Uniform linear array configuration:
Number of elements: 4
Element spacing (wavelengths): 0.25
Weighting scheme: hamming
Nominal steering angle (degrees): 30
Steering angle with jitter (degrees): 30.043
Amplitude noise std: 0.05
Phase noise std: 0.05

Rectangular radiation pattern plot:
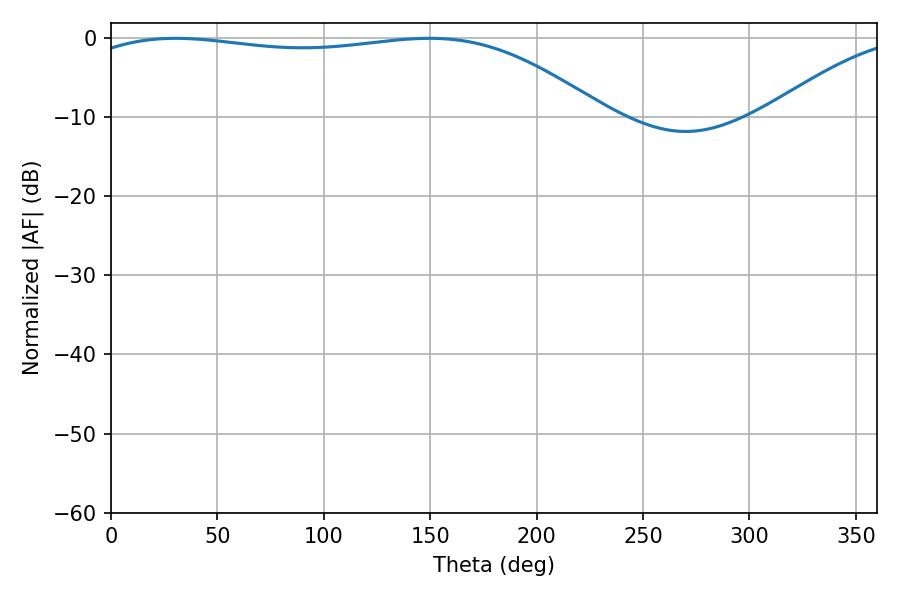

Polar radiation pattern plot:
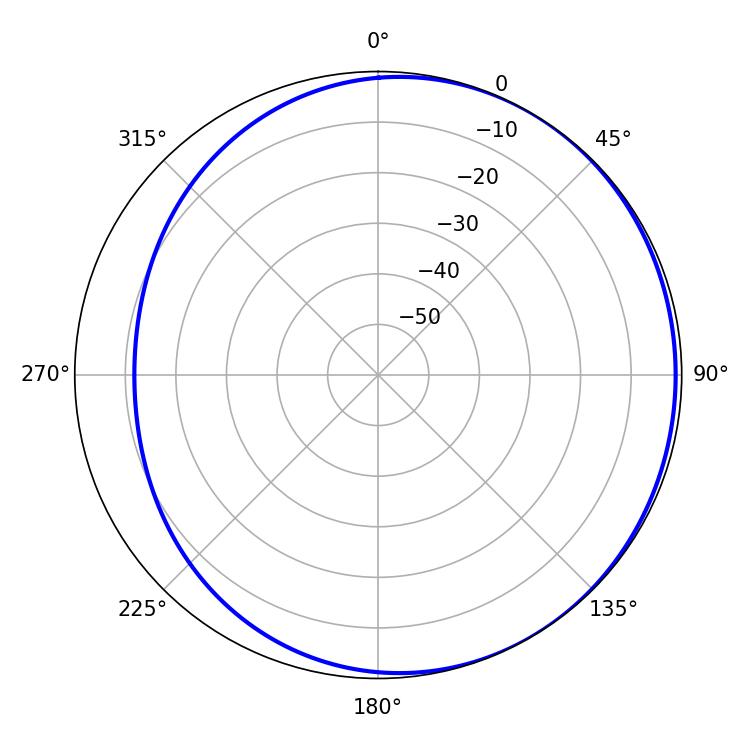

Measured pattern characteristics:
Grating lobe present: FALSE
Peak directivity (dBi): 1.544
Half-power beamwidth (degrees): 196.2
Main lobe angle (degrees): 30.42